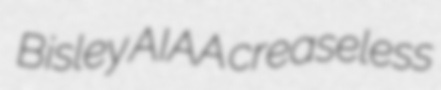
Bisley AIAA creaseless